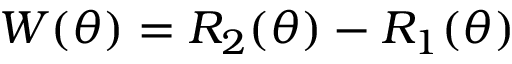
W ( \theta ) = R _ { 2 } ( \theta ) - R _ { 1 } ( \theta )